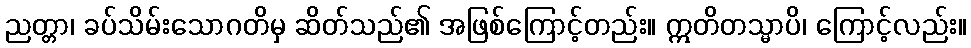
ညတ္တာ၊ ခပ်သိမ်းသောဂတိမှ ဆိတ်သည်၏ အဖြစ်ကြောင့်တည်း။ ဣတိတသ္မာပိ၊ ကြောင့်လည်း။